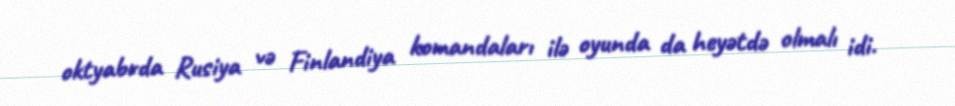
oktyabrda Rusiya və Finlandiya komandaları ilə oyunda da heyətdə olmalı idi.